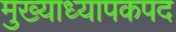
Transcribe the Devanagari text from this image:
मुख्याध्यापकपद